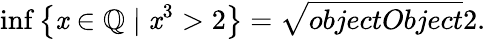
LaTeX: \operatorname*{inf}\left\{ \mathit{x}\in\mathbb{{Q}}\mid\mathit{x}^{3}>2\right\} ={\sqrt{{{objectObject}}}{{2}}}.